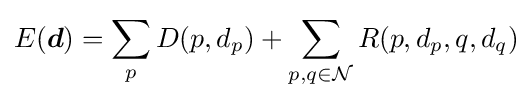
E({\boldsymbol {d}})=\sum _{p}D(p,d_{p})+\sum _{p,q\in {\mathcal {N}}}R(p,d_{p},q,d_{q})